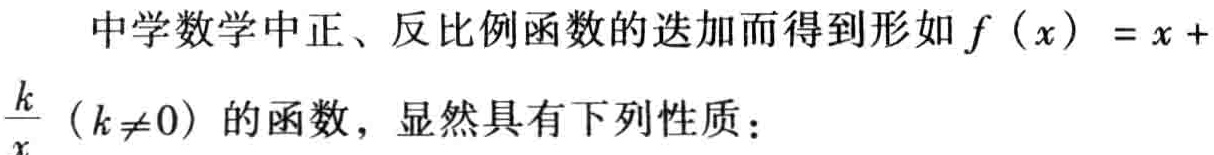
中学数学中正、反比例函数的迭加而得到形如 \(f(x)=x +\frac{k}{x}(k\neq0)\) 的函数，显然具有下列性质：